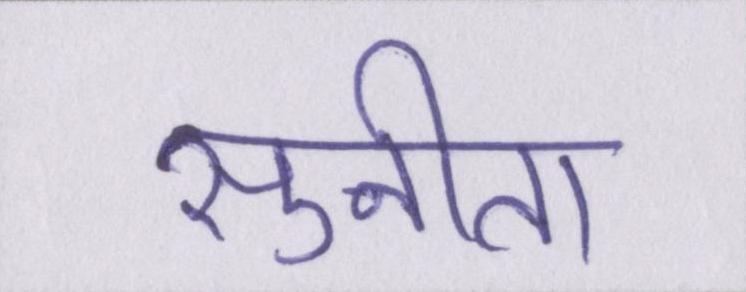
सुनीता